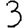
Digit: 3